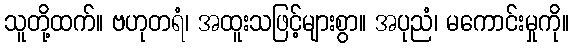
သူတို့ထက်။ ဗဟုတရံ၊ အထူးသဖြင့်များစွာ။ အပုညံ၊ မကောင်းမှုကို။